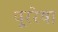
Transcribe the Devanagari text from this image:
पूररेषा